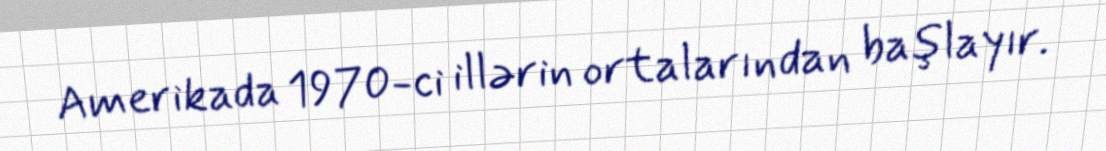
Amerikada 1970-ci illərin ortalarından başlayır.